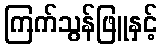
ကြက်သွန်ဖြူနှင့်